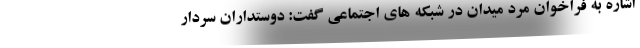
اشاره به فراخوان مرد میدان در شبکه های اجتماعی گفت: دوستداران سردار